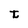
Character: t